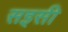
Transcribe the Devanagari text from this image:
सइसी